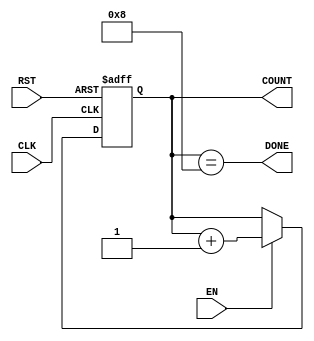
module counter     (CLK,        //input         assert posedge to increment/decrement counter                
                    EN,         //input         enable signal (assert to allow counter to count)
                    RST,        //input         assert to reset counter               
                    DONE,       //output        asserted if count is reached
                    COUNT);     //output [n:0]  current count
    
    //////////MODULE PARAMETERS//////////
                
    parameter      n=4,     //width of counter                   
                   start=0, //starting value of counter
                   final=8, //ending value of counter
                   step=1;  //step to increment by (set to -1 for decrementing)

    //////////SIGNALS ///////////////////
    
    input          CLK;
    input          EN;
    input          RST;
    output         DONE;
    output [n-1:0] COUNT; 


    ///////////IMPLEMENTATION//////////////////////
    reg [n-1:0] COUNT;

    always @ (posedge CLK or posedge RST)
    begin
        if (RST)
            #5 COUNT = start;
        else if (EN)
            #5 COUNT = COUNT + step;        
    end                

    assign DONE = (COUNT == final);
        
endmodule